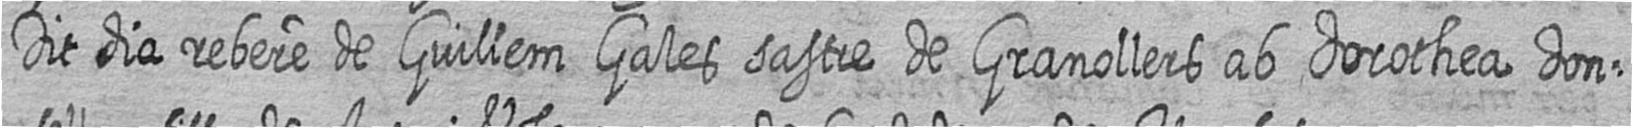
Dit dia rebere de Guillem Gales sastre de Granollers ab dorothea don=